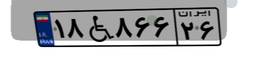
۵۷W۹۷۲۷۱